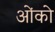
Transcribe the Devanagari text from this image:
ओंको